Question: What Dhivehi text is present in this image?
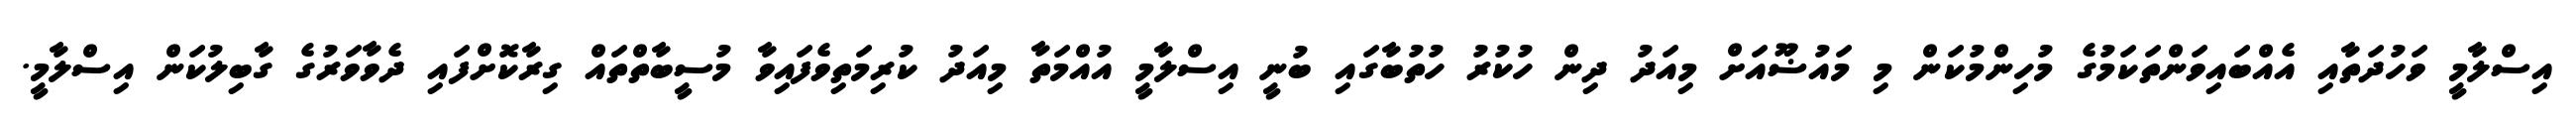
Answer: އިސްލާމީ ވަހުދަތާއި އެއްބައިވަންތަކަމުގެ މުހިންމުކަން މި މައުޟޫއަށް މިއަދު ދިން ހުކުރު ހުތުބާގައި ބުނީ އިސްލާމީ އުއްމަތާ މިއަދު ކުރިމަތިވެފައިވާ މުސީބާތްތައް ގިރާކޮށްފައި ދެވާވަރުގެ ގާބިލުކަން އިސްލާމީ.